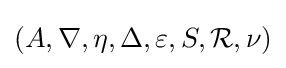
(A,\nabla ,\eta ,\Delta ,\varepsilon ,S,{\mathcal {R}},\nu )